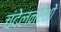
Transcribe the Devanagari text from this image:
चंदेलनरेशों